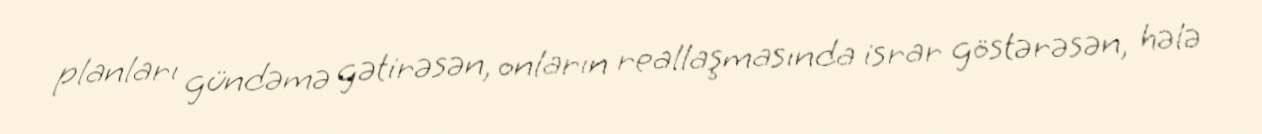
planları gündəmə gətirəsən, onların reallaşmasında israr göstərəsən, hələ